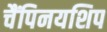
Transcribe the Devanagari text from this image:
चैंपिनयशिप